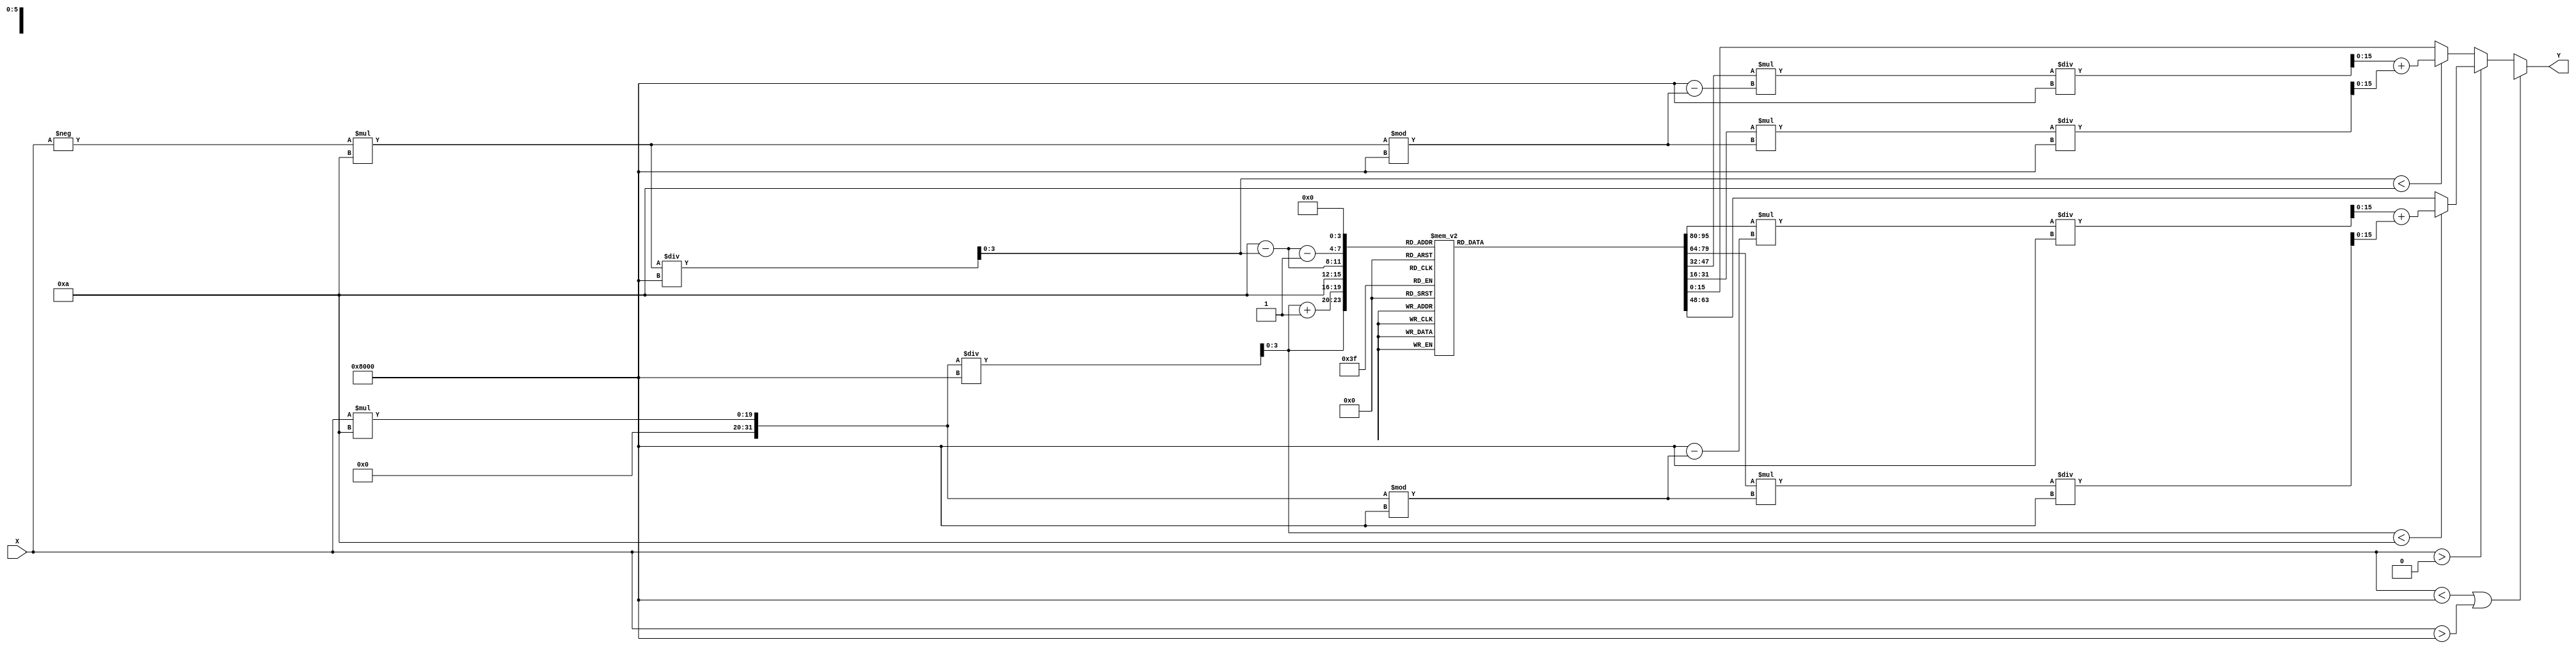
module acos(
    input wire signed [15:0] X, // Input: Cosine value in range [-1, 1] (fixed-point representation)
    output reg signed [15:0] Y // Output: Angle in radians (fixed-point representation)
);

    // Parameters for fixed-point representation
    parameter fixed_point_scale = 16'd32768; // Scale factor for fixed-point (e.g., for 16-bit representation)
    
    // Example Lookup Table (limited values for demonstration)
    reg signed [15:0] lut [0:10]; // Lookup table with 11 predefined values of acos
    reg [3:0] index; // Index for LUT lookup

    initial begin
        // Initialize lookup table with values (in radians; for this example, using fixed-point)
        lut[0] = 16'd0;              // acos(1) = 0
        lut[1] = 16'd5243;           // acos(0.866)  0.5236
        lut[2] = 16'd10430;          // acos(0.707)  0.7854
        lut[3] = 16'd13157;          // acos(0.5)  1.0472
        lut[4] = 16'd15708;          // acos(0.0)  1.5708
        lut[5] = 16'd18258;          // acos(-0.5)  2.0944
        lut[6] = 16'd20888;          // acos(-0.707)  2.3562
        lut[7] = 16'd23364;          // acos(-0.866)  2.6179
        lut[8] = 16'd26213;          // acos(-1)  3.1416
        // Additional values can be added for finer resolution.
    end

    always @(*) begin
        // Range check
        if (X < -fixed_point_scale || X > fixed_point_scale) begin
            Y = 16'bx; // Undefined or NaN for out-of-range inputs
        end else begin
            // Normalize input to the range of the LUT
            // For example: If the LUT indexes are defined only for 0 to 1
            if (X > 0) begin
                index = (X * 10) / fixed_point_scale; // Scale to fit LUT size

                // Interpolating the lookup table values based on the input
                if (index < 10) begin
                    Y = lut[index] * (fixed_point_scale - (X * 10 % fixed_point_scale)) / fixed_point_scale +
                        lut[index + 1] * (X * 10 % fixed_point_scale) / fixed_point_scale;
                end else begin
                    Y = lut[10]; // Upper boundary
                end
            end else begin // Handle negative domain values using symmetry
                index = (-X * 10) / fixed_point_scale;

                if (index < 10) begin
                    Y = lut[10 - index] * (fixed_point_scale - (-X * 10 % fixed_point_scale)) / fixed_point_scale +
                        lut[10 - index - 1] * (-X * 10 % fixed_point_scale) / fixed_point_scale;
                end else begin
                    Y = lut[0]; // Invalid case handle
                end
            end
        end
    end
endmodule